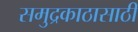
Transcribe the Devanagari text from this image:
समुद्रकाठासाठी